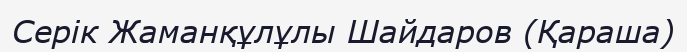
Серік Жаманқұлұлы Шайдаров (Қараша)